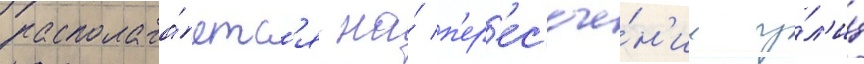
располага́етс'я на́ п'ер'ес'ече́н'ии у́л'иц